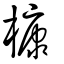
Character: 槺